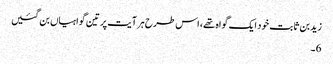
زیدبن ثابت خود ایک گواہ تھے، اس طرح ہر آیت پر تین گواہیاں بن گئیں
6۔